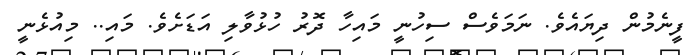
ފީނެމުން ދިޔައެވެ. ނަމަވެސް ސިހުނީ މައިހާ ދޮރު ހުޅުވާލި އަޑަށެވެ. މައި.. މިއުޅެނީ